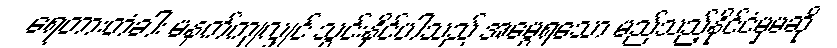
ရေတားတံခါး မနက်ကျလျှင် သွင်းနိုင်ပါသည် အမွေရသော မည်သည့်နိုင်ငံမှမဆို